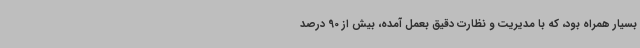
بسیار همراه بود، که با مدیریت و نظارت دقیق بعمل آمده، بیش از 90 درصد